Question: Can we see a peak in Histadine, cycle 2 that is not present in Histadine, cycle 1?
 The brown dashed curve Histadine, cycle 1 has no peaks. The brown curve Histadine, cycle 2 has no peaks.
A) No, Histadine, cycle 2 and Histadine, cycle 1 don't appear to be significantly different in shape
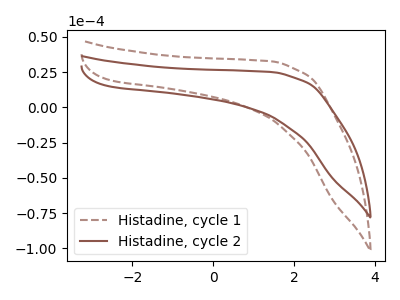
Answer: <think>Neither "Histadine, cycle 2" or "Histadine, cycle 1" have any peaks.
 </think>
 <answer>A) No, "Histadine, cycle 2" and "Histadine, cycle 1" don't appear to be significantly different in shape</answer>
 <eval>A</eval>